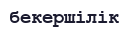
бекершілік